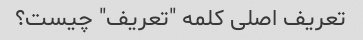
تعریف اصلی کلمه "تعریف" چیست؟